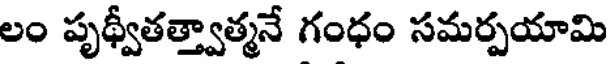
లం పృథ్వీతత్త్వాత్మనే గంధం సమర్పయామి